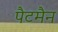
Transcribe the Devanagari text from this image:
पैटमैन